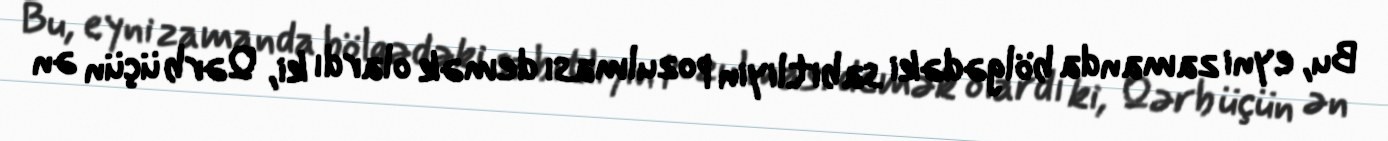
Bu, eyni zamanda bölgədəki sabitliyin pozulması demək olardı ki, Qərb üçün ən